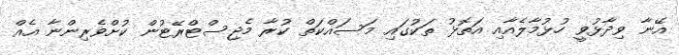
އޭނާ ވިދާޅުވީ ހުޅުމާލެއާއި އަތޮޅު ތަކުގައި މަސައްކަތް ކުރާ މެޖިސްޓްރޭޓުން ކުށްވެރިންނާ އެއް